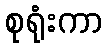
စုရုံးကာ